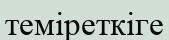
теміреткіге